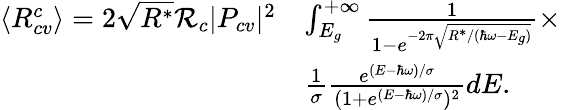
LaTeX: \begin{array}{rl}{\langle R_{cv}^{c}\rangle=2\sqrt{R^{*}}\mathcal{R}_{c}|P_{cv}|^{2}}&{\int_{E_{g}}^{+\infty}\frac{1}{1-e^{-2\pi\sqrt{R^{*}/(\hbar\omega-E_{g})}}}\times}\\ &{\frac{1}{\sigma}\frac{e^{(E-\hbar\omega)/\sigma}}{(1+e^{(E-\hbar\omega)/\sigma})^{2}}dE.}\end{array}